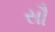
સૌ